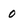
Character: 0